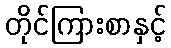
တိုင်ကြားစာနှင့်